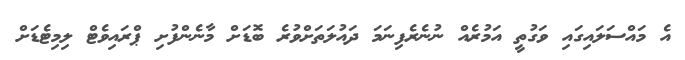
އެ މައްސަލައިގައި ވަގުތީ އަމުރެއް ނުނެރެފިނަމަ ދައުލަތަށްވުރެ ބޮޑަށް މާނެންފުށި ޕްރައިވެޓް ލިމިޓެޑަށް